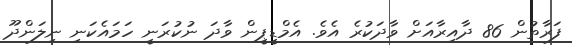
ފަރާތުން 86 ދާއިރާއަށް ވާދަކުރެ އެވެ. އެމްޑީޕީން ވާދަ ނުކުރަނީ ހަމައެކަނި ނިލަންދޫ